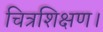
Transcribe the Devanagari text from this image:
चित्रशिक्षण।